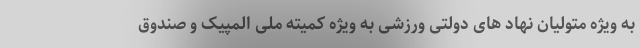
به ویژه متولیان نهاد های دولتی ورزشی به ویژه کمیته ملی المپیک و صندوق